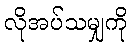
လိုအပ်သမျှကို